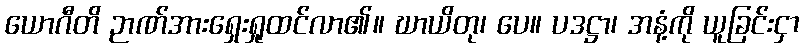
ယောဂီတိ ဉာဏ်အားရှေးရှုထင်လာ၏။ ဃာယိတု၊ ပေ။ ပဒဋ္ဌာ၊ အနံ့ကို ယူခြင်းငှာ